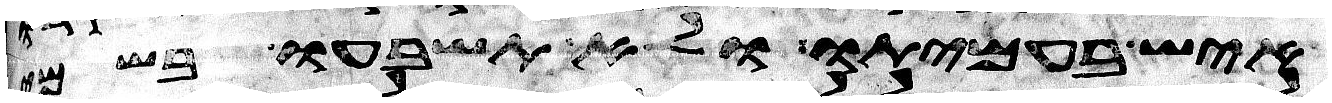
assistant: איש בעמיתו ולא תשבעו בשמי